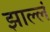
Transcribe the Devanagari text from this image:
झाल्लं